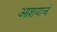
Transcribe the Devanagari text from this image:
आशयाचं